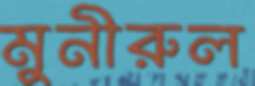
মুনীরুল